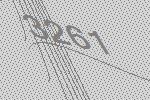
3261